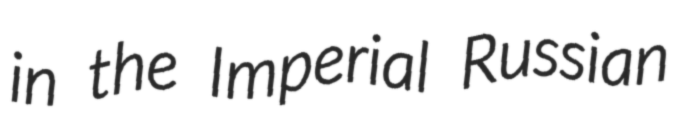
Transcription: in the Imperial Russian